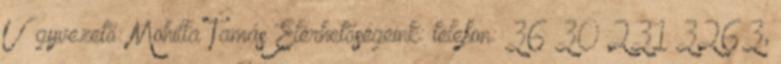
Ügyvezető: Mohilla Tamás Elérhetőségeink: telefon: 36 30 231 3263,